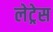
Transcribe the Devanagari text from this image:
लेट्रेस